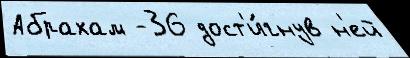
Абрахам -36 дост'и́гнув н'ей